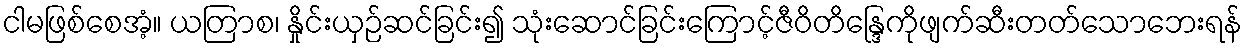
ငါမဖြစ်စေအံ့။ ယတြာစ၊ နှိုင်းယှဉ်ဆင်ခြင်း၍ သုံးဆောင်ခြင်းကြောင့်ဇီဝိတိန္ဒြေကိုဖျက်ဆီးတတ်သောဘေးရန်